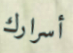
أسرارك